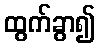
ထွက်ခွာ၍